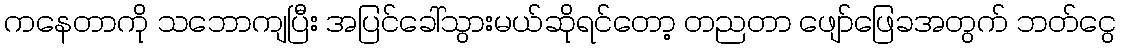
ကနေတာကို သဘောကျပြီး အပြင်ခေါ်သွားမယ်ဆိုရင်တော့ တညတာ ဖျော်ဖြေခအတွက် ဘတ်ငွေ